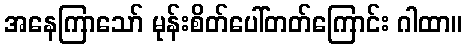
အနေကြာသော် မုန်းစိတ်ပေါ်တတ်ကြောင်း ဂါထာ။